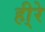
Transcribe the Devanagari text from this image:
ही्रे